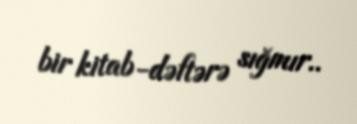
bir kitab-dəftərə sığmır..